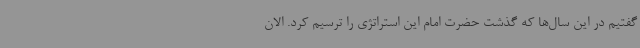
گفتیم در این سال‌ها که گذشت حضرت امام این استراتژی را ترسیم کرد. الان